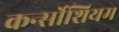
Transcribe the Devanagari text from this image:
कर्न्सोशियम